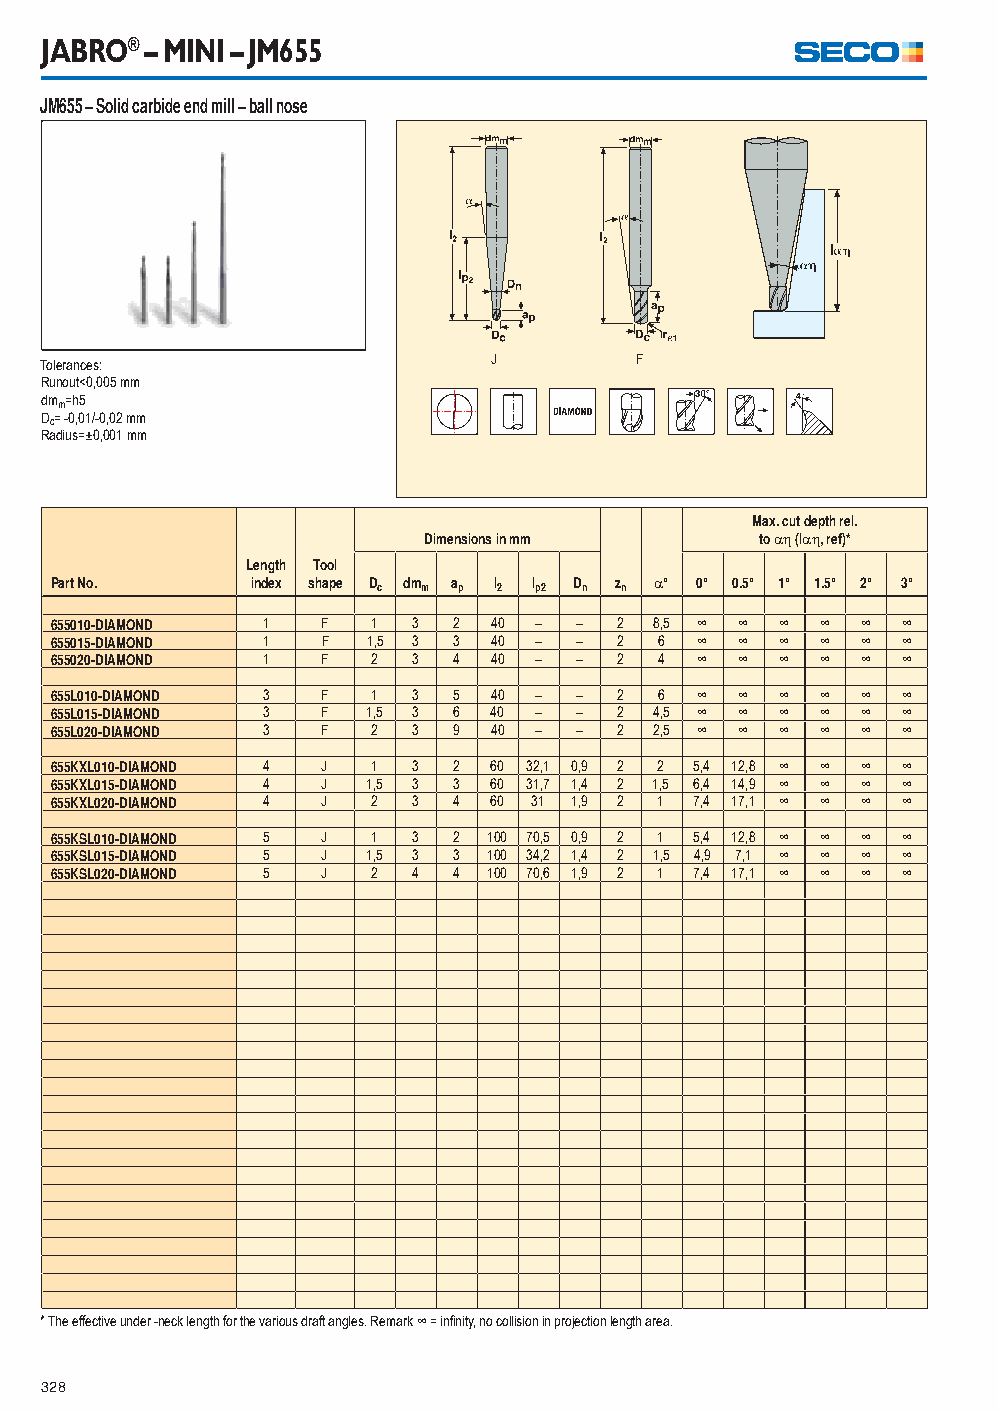
JABRO® – MINI – JM655
 JM655 – Solid carbide end mill – ball nose
 Tolerances:                   J        F
 Runout<0,005 mm
 dmm=h5
 Dc= -0,01/-0,02 mm
 Radius=±0,001 mm
 Max. cut depth rel.
 Dimensions in mm      to  (l, ref)*
 Length Tool
 Part No.      index shape Dc dmm ap l2 lp2 Dn zn ° 0° 0.5° 1° 1.5° 2° 3°
 655010-DIAMOND 1  F   1 3  2  40 – –  2 8,5 ∞ ∞  ∞ ∞  ∞  ∞
 655015-DIAMOND 1  F  1,5 3 3  40 – –  2  6 ∞  ∞  ∞ ∞  ∞  ∞
 655020-DIAMOND 1  F   2 3  4  40 – –  2  4 ∞  ∞  ∞ ∞  ∞  ∞
 655L010-DIAMOND 3 F   1 3  5  40 – –  2  6 ∞  ∞  ∞ ∞  ∞  ∞
 655L015-DIAMOND 3 F  1,5 3 6  40 – –  2 4,5 ∞ ∞  ∞ ∞  ∞  ∞
 655L020-DIAMOND 3 F   2 3  9  40 – –  2 2,5 ∞ ∞  ∞ ∞  ∞  ∞
 655KXL010-DIAMOND 4 J 1 3  2  60 32,1 0,9 2 2 5,4 12,8 ∞ ∞ ∞ ∞
 655KXL015-DIAMOND 4 J 1,5 3 3 60 31,7 1,4 2 1,5 6,4 14,9 ∞ ∞ ∞ ∞
 655KXL020-DIAMOND 4 J 2 3  4  60 31 1,9 2 1 7,4 17,1 ∞ ∞ ∞ ∞
 655KSL010-DIAMOND 5 J 1 3  2 100 70,5 0,9 2 1 5,4 12,8 ∞ ∞ ∞ ∞
 655KSL015-DIAMOND 5 J 1,5 3 3 100 34,2 1,4 2 1,5 4,9 7,1 ∞ ∞ ∞ ∞
 655KSL020-DIAMOND 5 J 2 4  4 100 70,6 1,9 2 1 7,4 17,1 ∞ ∞ ∞ ∞
 * The effective under -neck length for the various draft angles. Remark ∞ = infi nity, no collision in projection length area.
 328